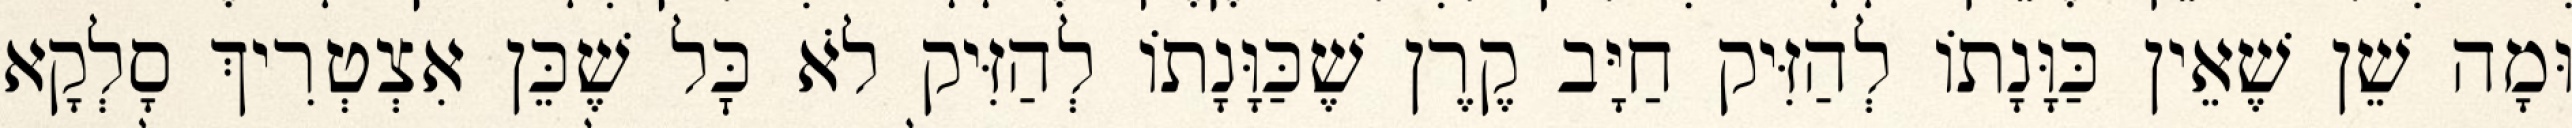
וּמָה שֵׁן שֶׁאֵין כַּוָּנָתוֹ לְהַזִּיק חַיָּב קֶרֶן שֶׁכַּוָּנָתוֹ לְהַזִּיק לֹא כׇּל שֶׁכֵּן אִצְטְרִיךְ סָלְקָא